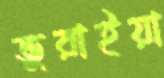
ভুরাইয়া